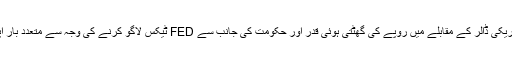
صرف 2019ء میں ہی کمپنی نے امریکی ڈالر کے مقابلے میں روپے کی گھٹتی ہوئی قدر اور حکومت کی جانب سے FED ٹیکس لاگو کرنے کی وجہ سے متعدد بار اپنی گاڑیوں کی قیمتوں میں اضافہ کیا۔